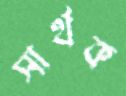
সার্থক